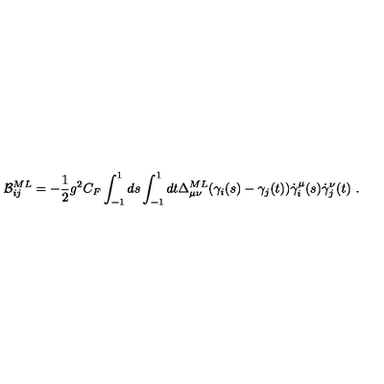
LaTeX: { \cal B } _ { i j } ^ { M L } = - { \frac { 1 } { 2 } } g ^ { 2 } C _ { F } \int _ { - 1 } ^ { 1 } d s \int _ { - 1 } ^ { 1 } d t \Delta _ { \mu \nu } ^ { M L } ( \gamma _ { i } ( s ) - \gamma _ { j } ( t ) ) \dot { \gamma } _ { i } ^ { \mu } ( s ) \dot { \gamma } _ { j } ^ { \nu } ( t ) \ .